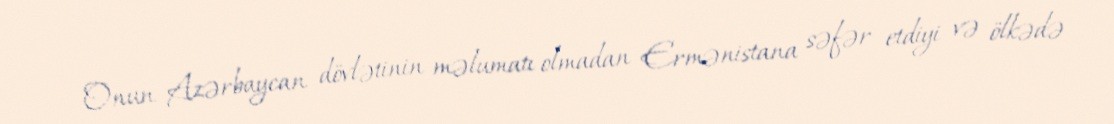
Onun Azərbaycan dövlətinin məlumatı olmadan Ermənistana səfər etdiyi və ölkədə